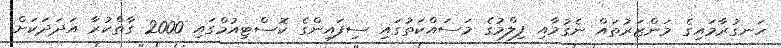
ހަނގުރާމައިގެ މަންޒަރުތައް ނެގުމާއި ފިލްމުގެ މަސައްކަތުގައި ސިފައިންގެ ކޮސްޓިއުމްގައި 2000 ގާތްކުރާ އަދަދަކަށް